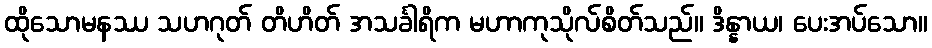
ထိုသောမနဿ သဟဂုတ် တိဟိတ် အသင်္ခါရိက မဟာကုသိုလ်စိတ်သည်။ ဒိန္နာယ၊ ပေးအပ်သော။